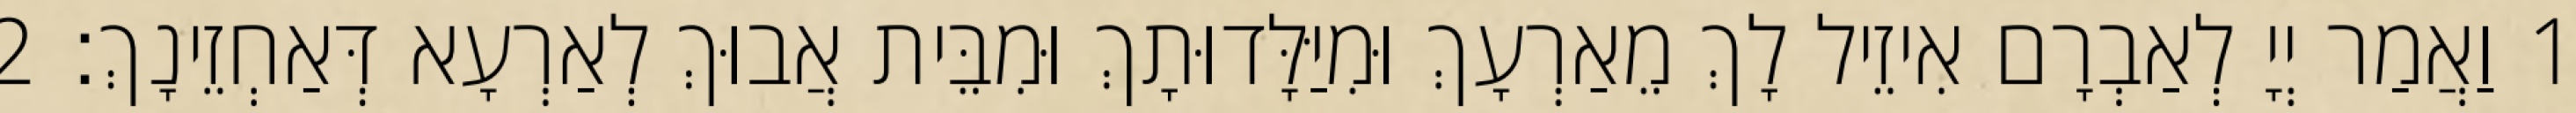
1 וַאֲמַר יְיָ לְאַבְרָם אִיזֵיל לָךְ מֵאַרְעָךְ וּמִיַּלָּדוּתָךְ וּמִבֵּית אֲבוּךְ לְאַרְעָא דְּאַחְזֵינָךְ׃ 2